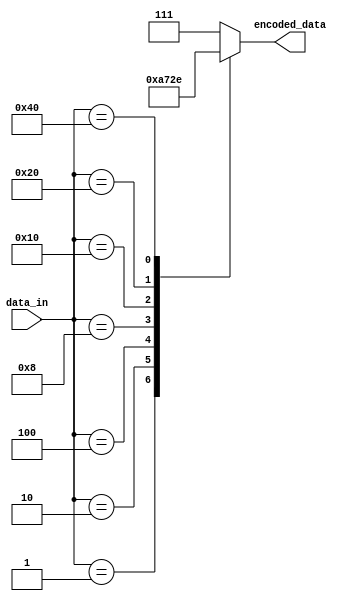
module encoder(input [7:0] data_in,
               output reg [2:0] encoded_data);

    always @(*)
    begin
        case(data_in)
            8'b00000001: encoded_data = 3'b000;
            8'b00000010: encoded_data = 3'b001;
            8'b00000100: encoded_data = 3'b010;
            8'b00001000: encoded_data = 3'b011;
            8'b00010000: encoded_data = 3'b100;
            8'b00100000: encoded_data = 3'b101;
            8'b01000000: encoded_data = 3'b110;
            default: encoded_data = 3'b111;
        endcase
    end
endmodule